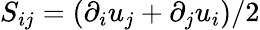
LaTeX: S_{ij}=(\partial_{i}u_{j}+\partial_{j}u_{i})/2